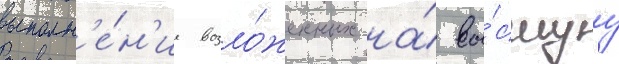
выполн'е́н'ие возло́женных на́ вы́сшуу